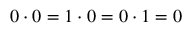
0 \cdot 0 = 1 \cdot 0 = 0 \cdot 1 = 0